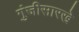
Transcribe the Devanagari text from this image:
गुंजीसारखे